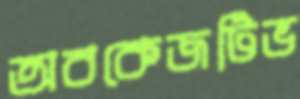
অবকেজটিভ